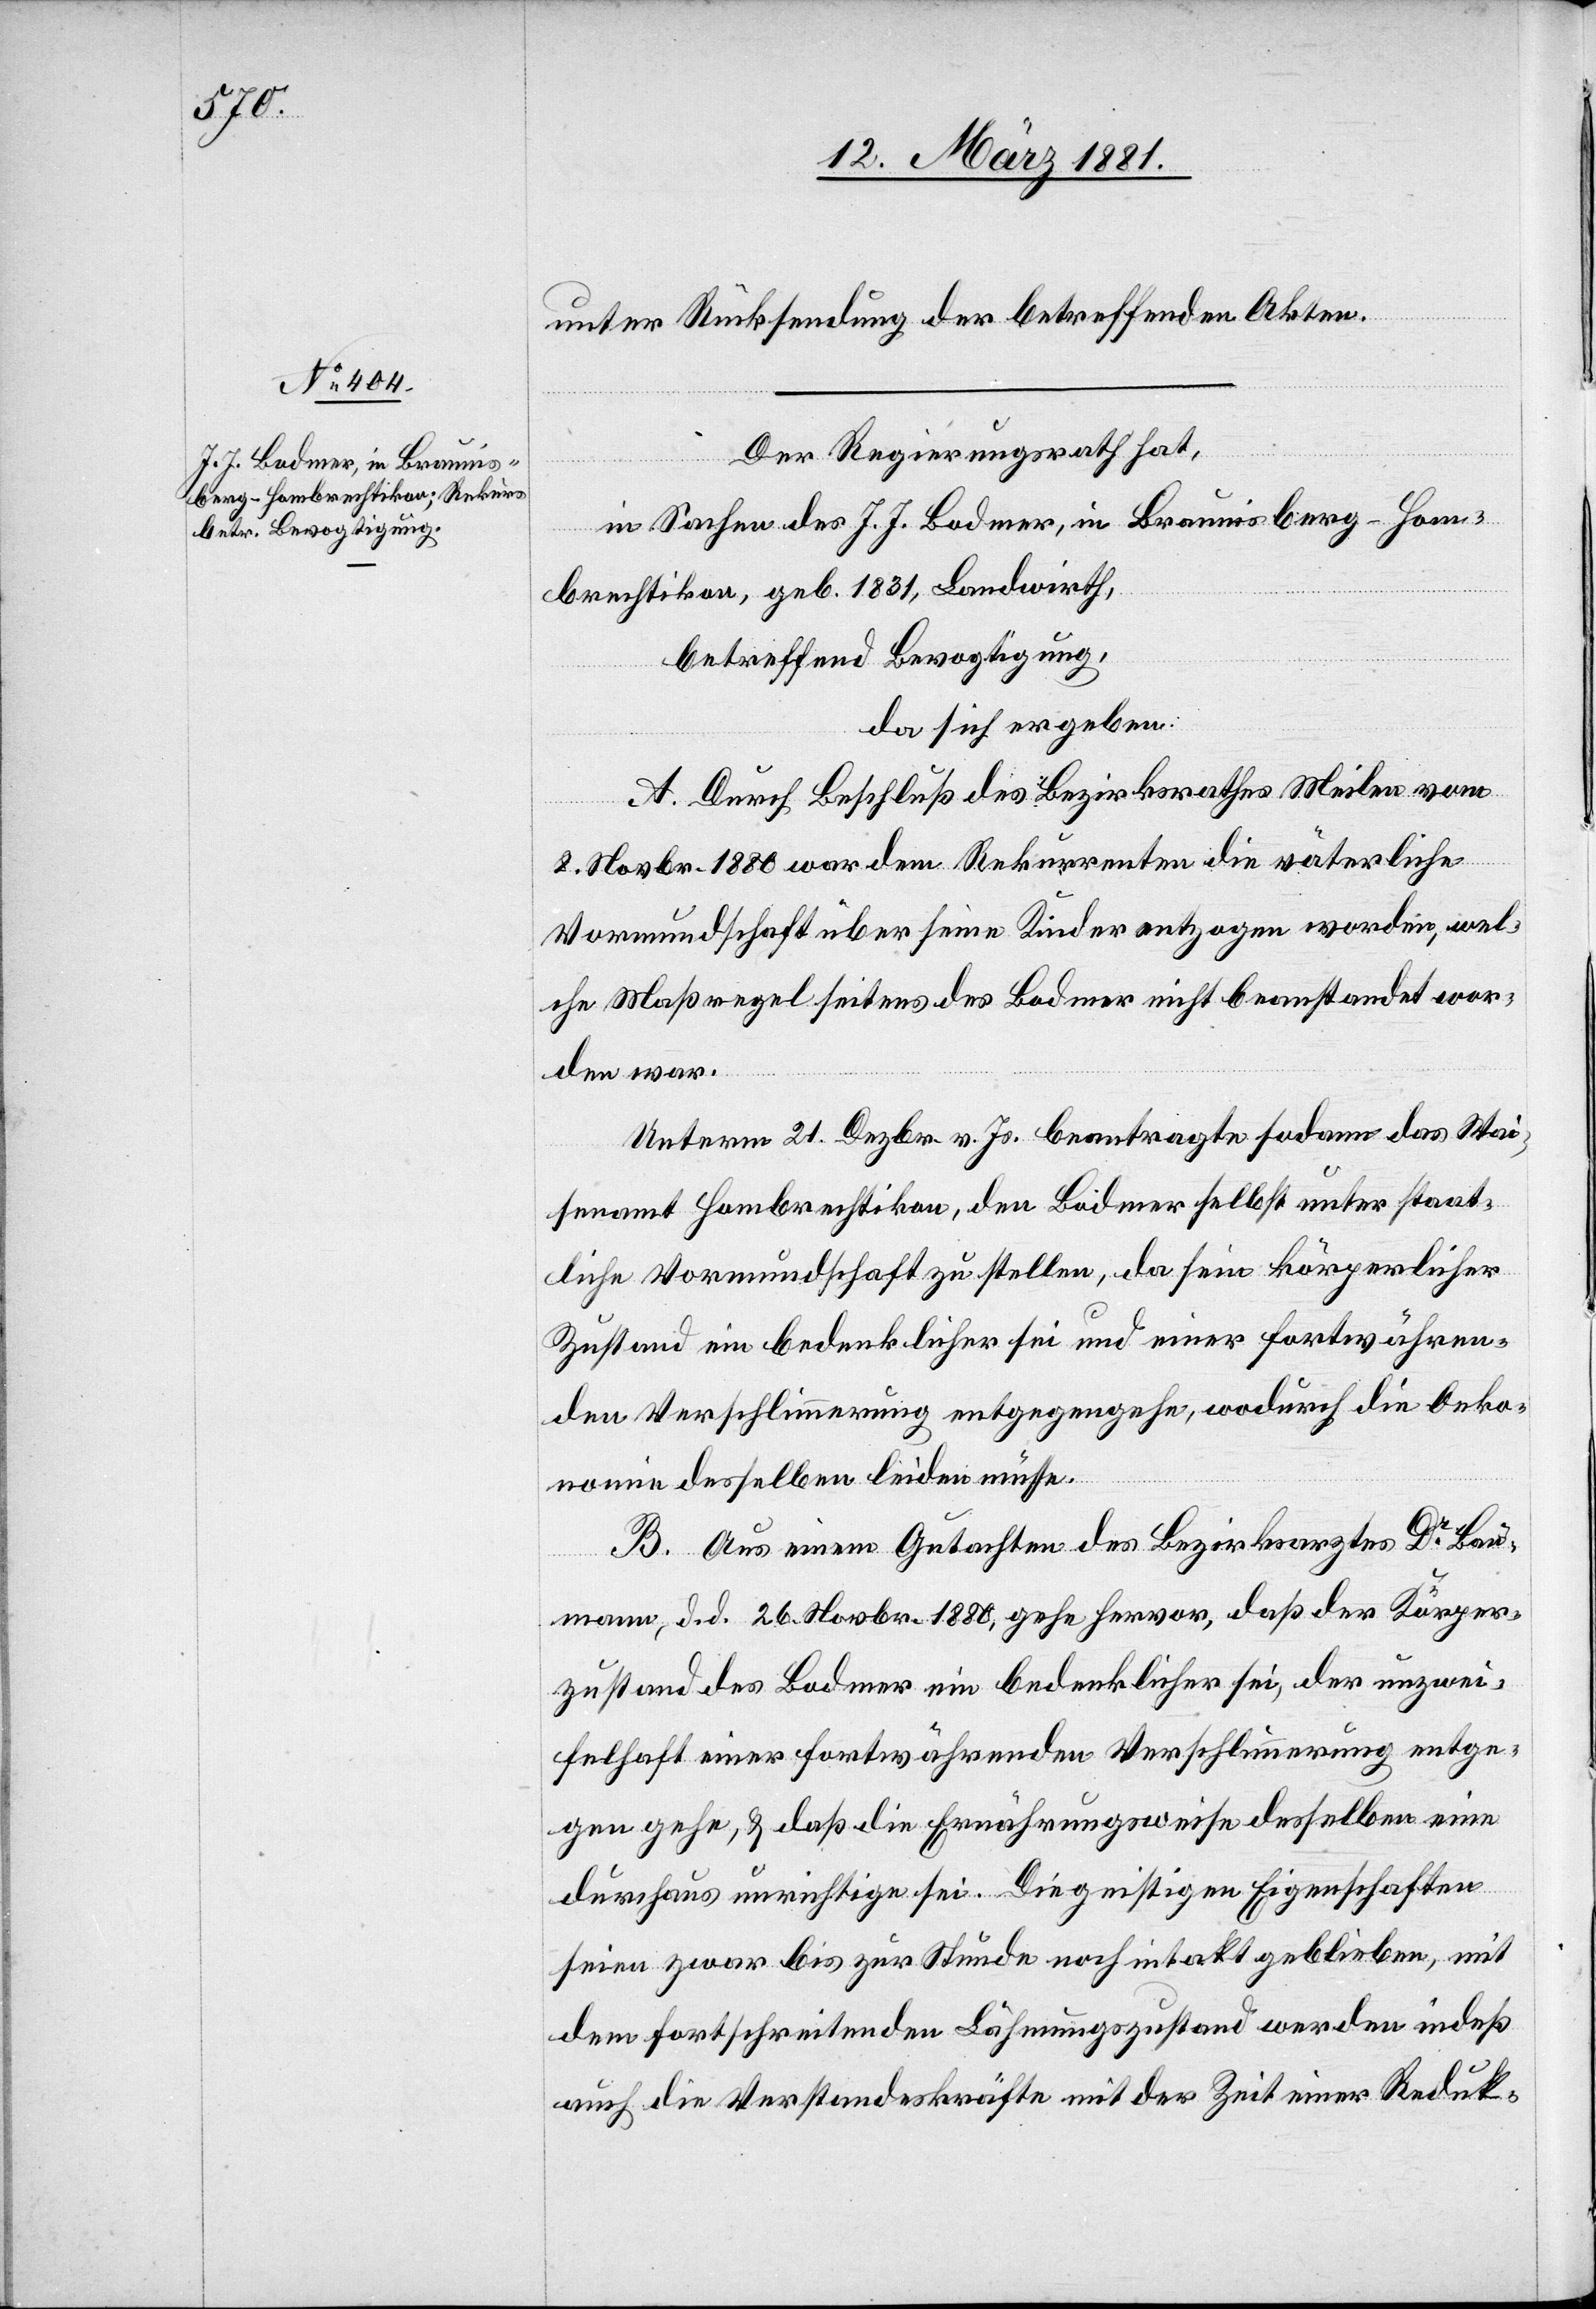
unter Rücksendung der betreffenden Akten.
Der Regierungsrath hat,
in Sachen des J. J. Bodmer, in Braunisberg - Hom¬
brechtikon, geb. 1831, Landwirth,
betreffend Bevogtigung,
da sich ergeben:
A. Durch Beschluß des Bezirksrathes Meilen vom
8. Novbr. 1880 war dem Rekurrenten die väterliche
Vormundschaft über seine Kinder entzogen worden, wel¬
che Maßregel seitens des Bodmer nicht beanstandet wor¬
den war.
Unterm 21. Dezbr. v. Js. beantragte sodann das Wai¬
senamt Hombrechtikon, den Bodmer selbst unter staat¬
liche Vormundschaft zu stellen, da sein körperlicher
Zustand ein bedenklicher sei und einer fortwähren¬
den Verschlimmerung entgegengehe, wodurch die Oeko¬
nomie desselben leiden müsse.
B. Aus einem Gutachten des Bezirksarztes Dr Bau¬
mann, d. d. 26. Novbr. 1880, gehe hervor, daß der Körper¬
zustand des Bodmer ein bedenklicher sei, der unzwei¬
felhaft einer fortwährenden Verschlimmerung entge¬
gen gehe, & daß die Ernährungsweise desselben eine
durchaus unrichtige sei. Die geistigen Eigenschaften
seien zwar bis zur Stunde noch intakt geblieben, mit
dem fortschreitenden Lähmungszustand werden indeß
auch die Verstandeskräfte mit der Zeit einer Reduk-